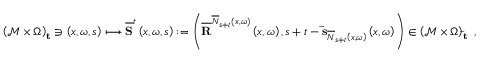
\left( \mathcal { M } \times \Omega \right) _ { \mathbf { t } } \ni \left( x , \omega , s \right) \longmapsto \overline { { \mathbf { S } } } ^ { t } \left( x , \omega , s \right) : = \left( \overline { { \mathbf { R } } } ^ { \overline { { N } } _ { s + t } \left( x , \omega \right) } \left( x , \omega \right) , s + t - \mathbf { \bar { s } } _ { \overline { { N } } _ { s + t } \left( x , \omega \right) } \left( x , \omega \right) \right) \in \left( \mathcal { M } \times \Omega \right) _ { \mathbf { \bar { t } } } \ ,